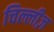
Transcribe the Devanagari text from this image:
चिल्लीज़